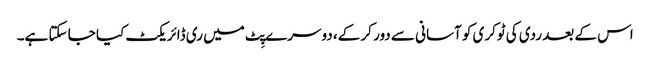
اس کے بعد ردی کی ٹوکری کو آسانی سے دور کر کے، دوسرے پِٹ میں ری ڈائریکٹ کیا جا سکتا ہے۔